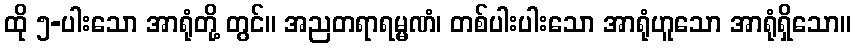
ထို ၅-ပါးသော အာရုံတို့ တွင်။ အညတရာရမ္မဏံ၊ တစ်ပါးပါးသော အာရုံဟူသော အာရုံရှိသော။